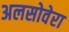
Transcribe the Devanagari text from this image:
अलसोवेरा